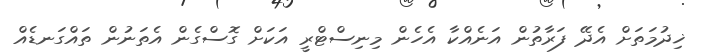
ޚިދުމަތަށް އެދޭ ފަރާތުން އަނެއްކާ އެހެން މިނިސްޓްރީ އަކަށް ގޮސްގެން އެތަނުން ތައްގަނޑެއް